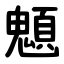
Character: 䫥